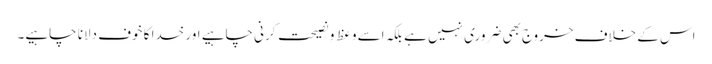
اس کے خلاف خروج بھی ضروری نہیں ہے بلکہ اسے وعظ و نصیحت کرنی چاہیے اور خدا کا خوف دلانا چاہیے۔